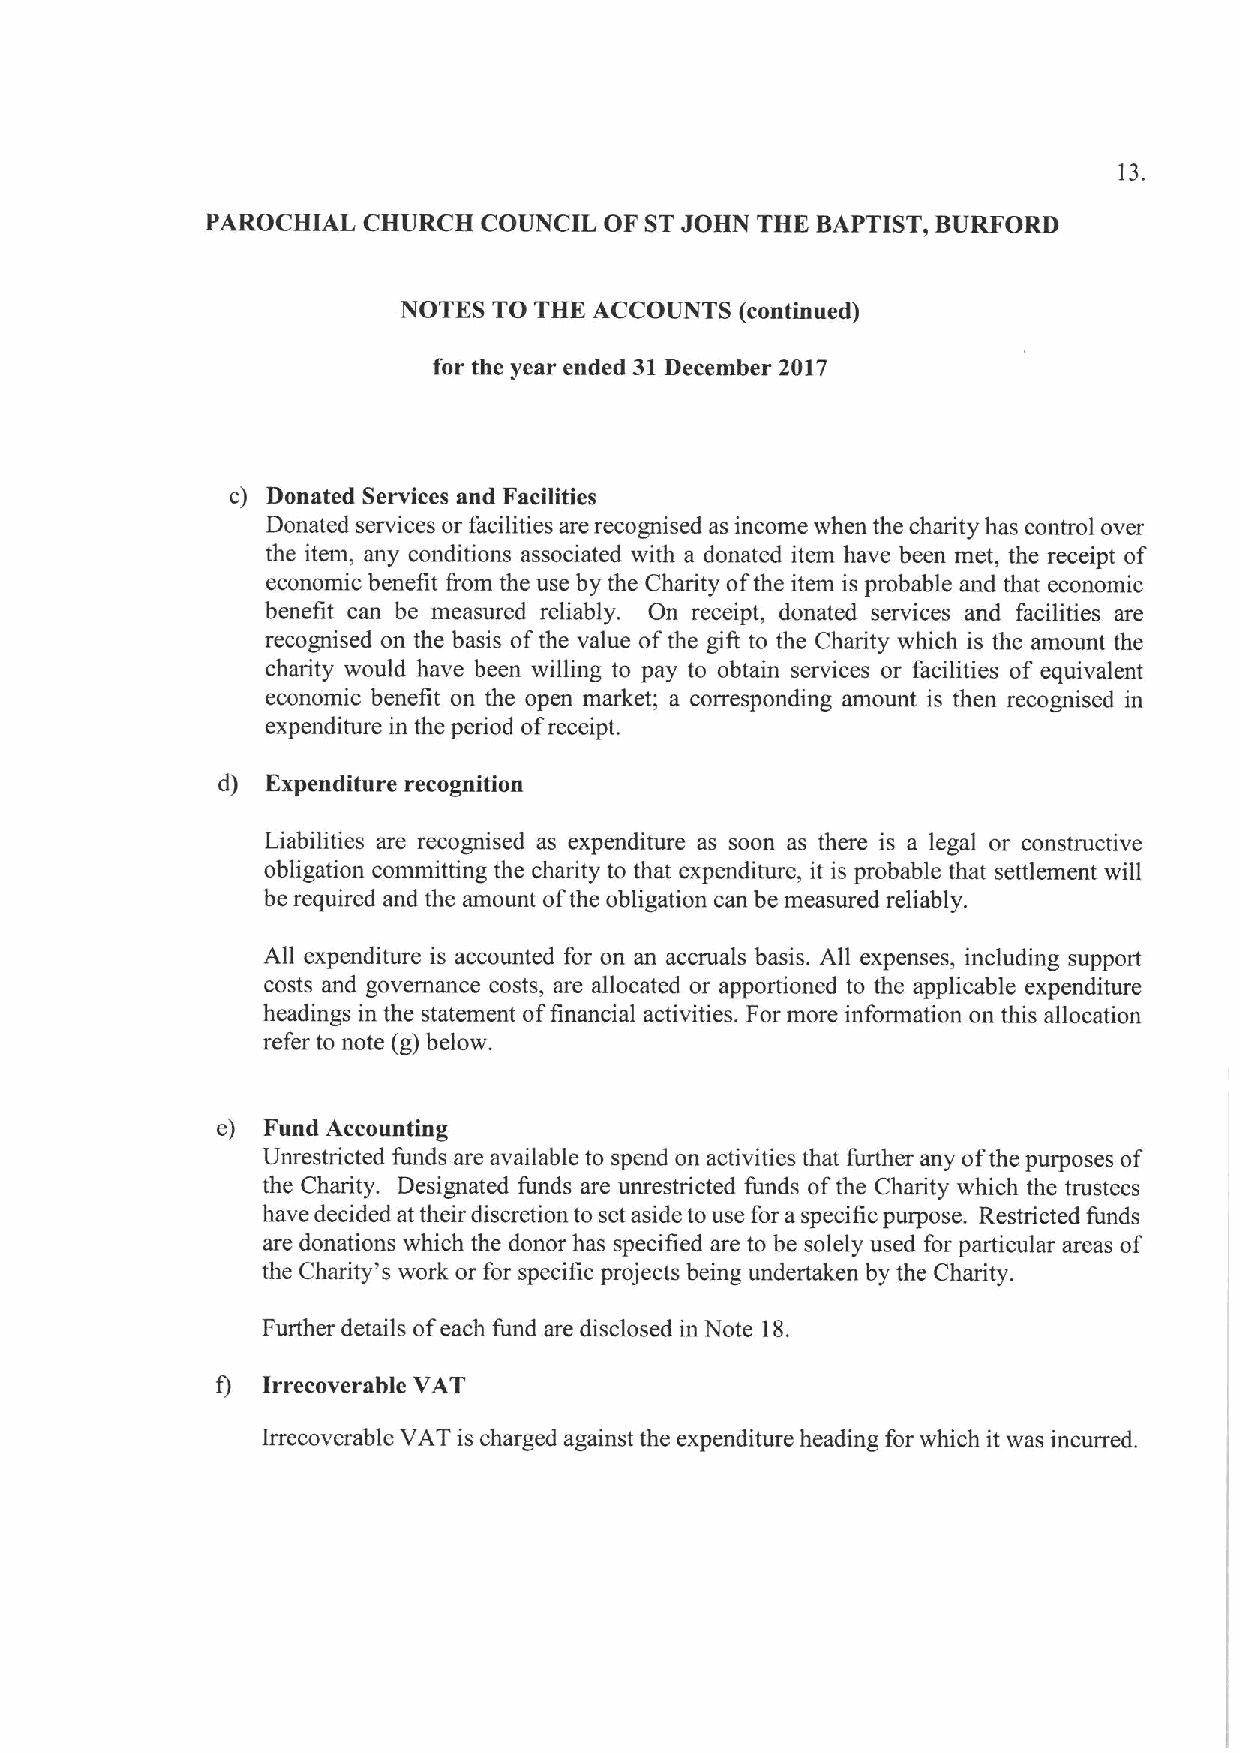
13.
 PAROCHIAL CHURCH  COUNCIL OF STJOHN THE BAPTIST, BURFORD
 NOTES TO THE ACCOUNTS (continued)
 for the year ended 31December Z017
 c) Donated Services and Facilities
 Donated services or facilities are recognised as income when the charity has control over
 the item, any conditions associated with a donated item have been met, the receipt of
 economic benefit from the use by the Charity ofthe item is probable and that economic
 benefit can be measured reliably. On receipt, donated services and facilities are
 recognised on the basis ofthe value ofthe gifi to the Charity which is the amount the
 charity would have been willing to pay to obtain services or facilities of equivalent
 economic benefit on the open market; a corresponding amount is then recognised in
 expenditure in the period ofreceipt.
 d)  Expenditure recognition
 Liabilities are recognised as expenditure as soon as there is a legal or constructive
 obligation committing the charity to that expenditure, it is probable that settlement will
 be required and the amount ofthe obligation can be measured reliably.
 All expenditure is accounted for on an accruals basis. All expenses, including support
 costs and governance costs, are allocated or apportioned to the applicable expenditure
 headings in the statement offinancial activities. For more information on this allocation
 refer to note (g) below.
 e) Fund Accounting
 Unrestricted funds are available to spend on activities that further any ofthe purposes of
 the Charity. Designated funds are unrestricted funds ofthe Charity which the trustees
 have decided at their discretion to set aside touse for a specific purpose. Restricted funds
 are donations which the donor has specified are to be solely used for particular areas of
 the Charity's work or for specific projects being undertaken by the Charity.
 Further details ofeach fund are disclosed in Note 18.
 f) Irrecoverable VAT
 Irrecoverable VAT is charged against the expenditure heading for which it was incurred.